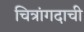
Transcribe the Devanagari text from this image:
चित्रांगदाची